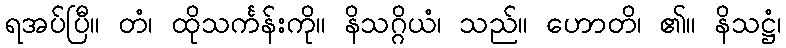
ရအပ်ပြီ။ တံ၊ ထိုသင်္ကန်းကို။ နိသဂ္ဂိယံ၊ သည်။ ဟောတိ၊ ၏။ နိသဋ္ဌံ၊